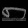
Digit: ၈